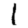
Digit: 1